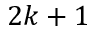
2 k + 1